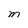
Character: M